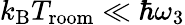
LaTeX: k_{\mathrm{B}}T_{\mathrm{room}}\ll\hbar\omega_{3}